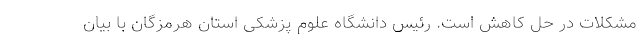
مشکلات در حل کاهش است. رئیس دانشگاه علوم پزشکی استان هرمزگان با بیان